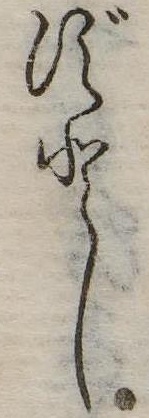
ずとし